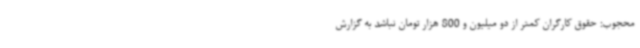
محجوب: حقوق کارگران کمتر از دو میلیون و 800 هزار تومان نباشد به گزارش